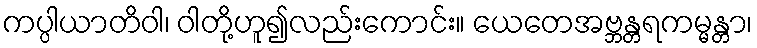
ကပ္ပါယာတိဝါ၊ ဝါတို့ဟူ၍လည်းကောင်း။ ယေတေအဗ္ဘန္တရကမ္မန္တာ၊